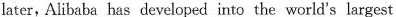
later,Alibaba has developed into the world's largest